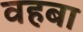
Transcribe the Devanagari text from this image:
वहबा